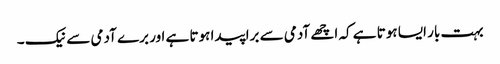
بہت بار ایسا ہوتا ہے کہ اچھے آدمی سے برا پیدا ہوتا ہے اور برے آدمی سے نیک ۔